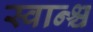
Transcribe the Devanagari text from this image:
स्वान्श्च